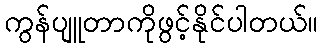
ကွန်ပျူတာကိုဖွင့်နိုင်ပါတယ်။